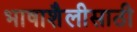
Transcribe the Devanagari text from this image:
भाषाशैलीसाठी